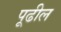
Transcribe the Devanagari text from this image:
पूढील